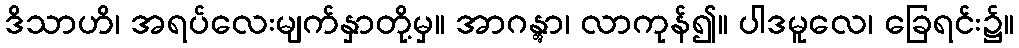
ဒိသာဟိ၊ အရပ်လေးမျက်နှာတို့မှ။ အာဂန္တွာ၊ လာကုန်၍။ ပါဒမူလေ၊ ခြေရင်း၌။